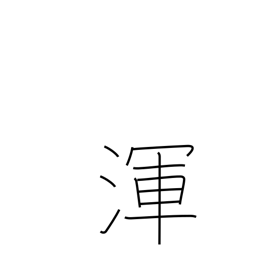
Meaning: all